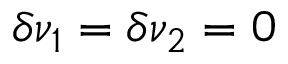
\delta \nu _ { 1 } = \delta \nu _ { 2 } = 0